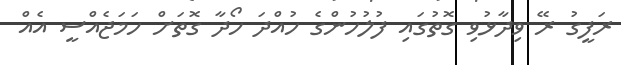
ރަފީގު ރޭ ވިދާޅުވި ގޮތުގައި ފުލުހުންގެ ހުއްދަ ހޯދާ ގޮތަށް ހަމަޖެއްސީ އެއް